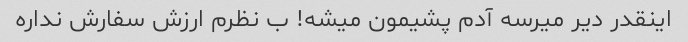
اینقدر دیر میرسه آدم پشیمون میشه! ب نظرم ارزش سفارش نداره